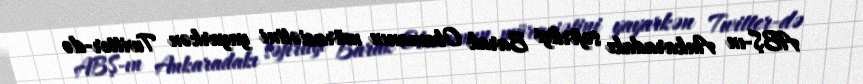
ABŞ-ın Ankaradakı səfirliyi Barak Obamanın müraciətini yayarkən Twitter-də